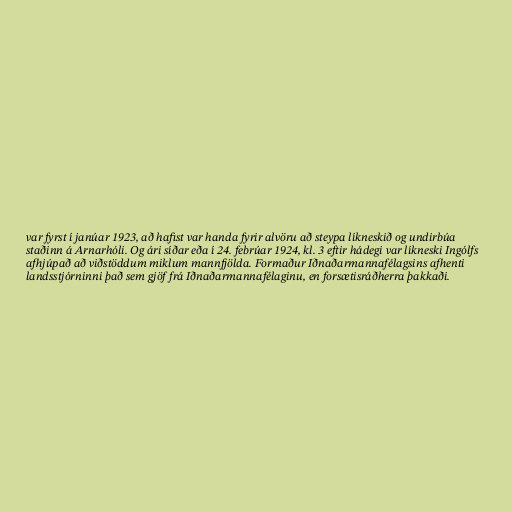
var fyrst í janúar 1923, að hafist var handa fyrir alvöru að steypa líkneskið og undirbúa
staðinn á Arnarhóli. Og ári síðar eða í 24. febrúar 1924, kl. 3 eftir hádegi var líkneski Ingólfs
afhjúpað að viðstöddum miklum mannfjölda. Formaður Iðnaðarmannafélagsins afhenti
landsstjórninni það sem gjöf frá Iðnaðarmannafélaginu, en forsætisráðherra þakkaði.